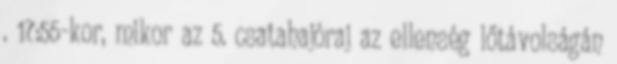
. 17:55-kor, mikor az 5. csatahajóraj az ellenség lőtávolságán